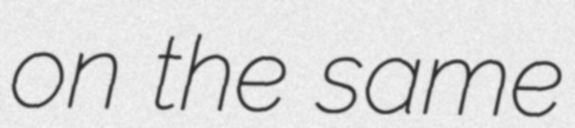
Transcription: on the same